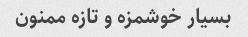
بسیار خوشمزه و تازه ممنون